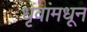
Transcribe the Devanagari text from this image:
धृवांमधून